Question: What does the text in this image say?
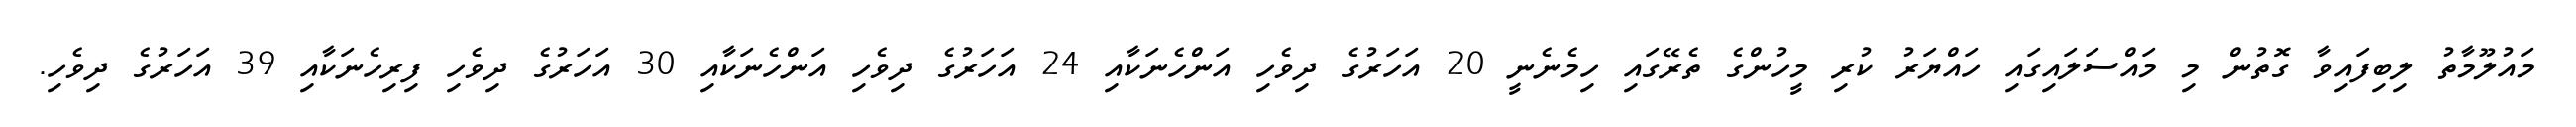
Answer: މައުލޫމާތު ލިބިފައިވާ ގޮތުން މި މައްސަލައިގައި ހައްޔަރު ކުރި މީހުންގެ ތެރޭގައި ހިމެނެނީ 20 އަހަރުގެ ދިވެހި އަންހެނަކާއި 24 އަހަރުގެ ދިވެހި އަންހެނަކާއި 30 އަހަރުގެ ދިވެހި ފިރިހެނަކާއި 39 އަހަރުގެ ދިވެހި.